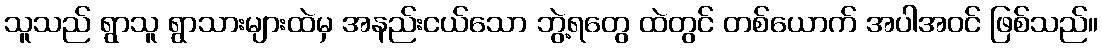
သူသည် ရွာသူ ရွာသားများထဲမှ အနည်းငယ်သော ဘွဲ့ရတွေ ထဲတွင် တစ်ယောက် အပါအဝင် ဖြစ်သည်။